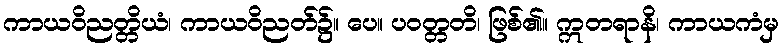
ကာယဝိညတ္တိယံ၊ ကာယဝိညတ်၌။ ပေ။ ပဝတ္တတိ၊ ဖြစ်၏။ ဣတရာနိ၊ ကာယကံမှ